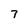
Character: 7